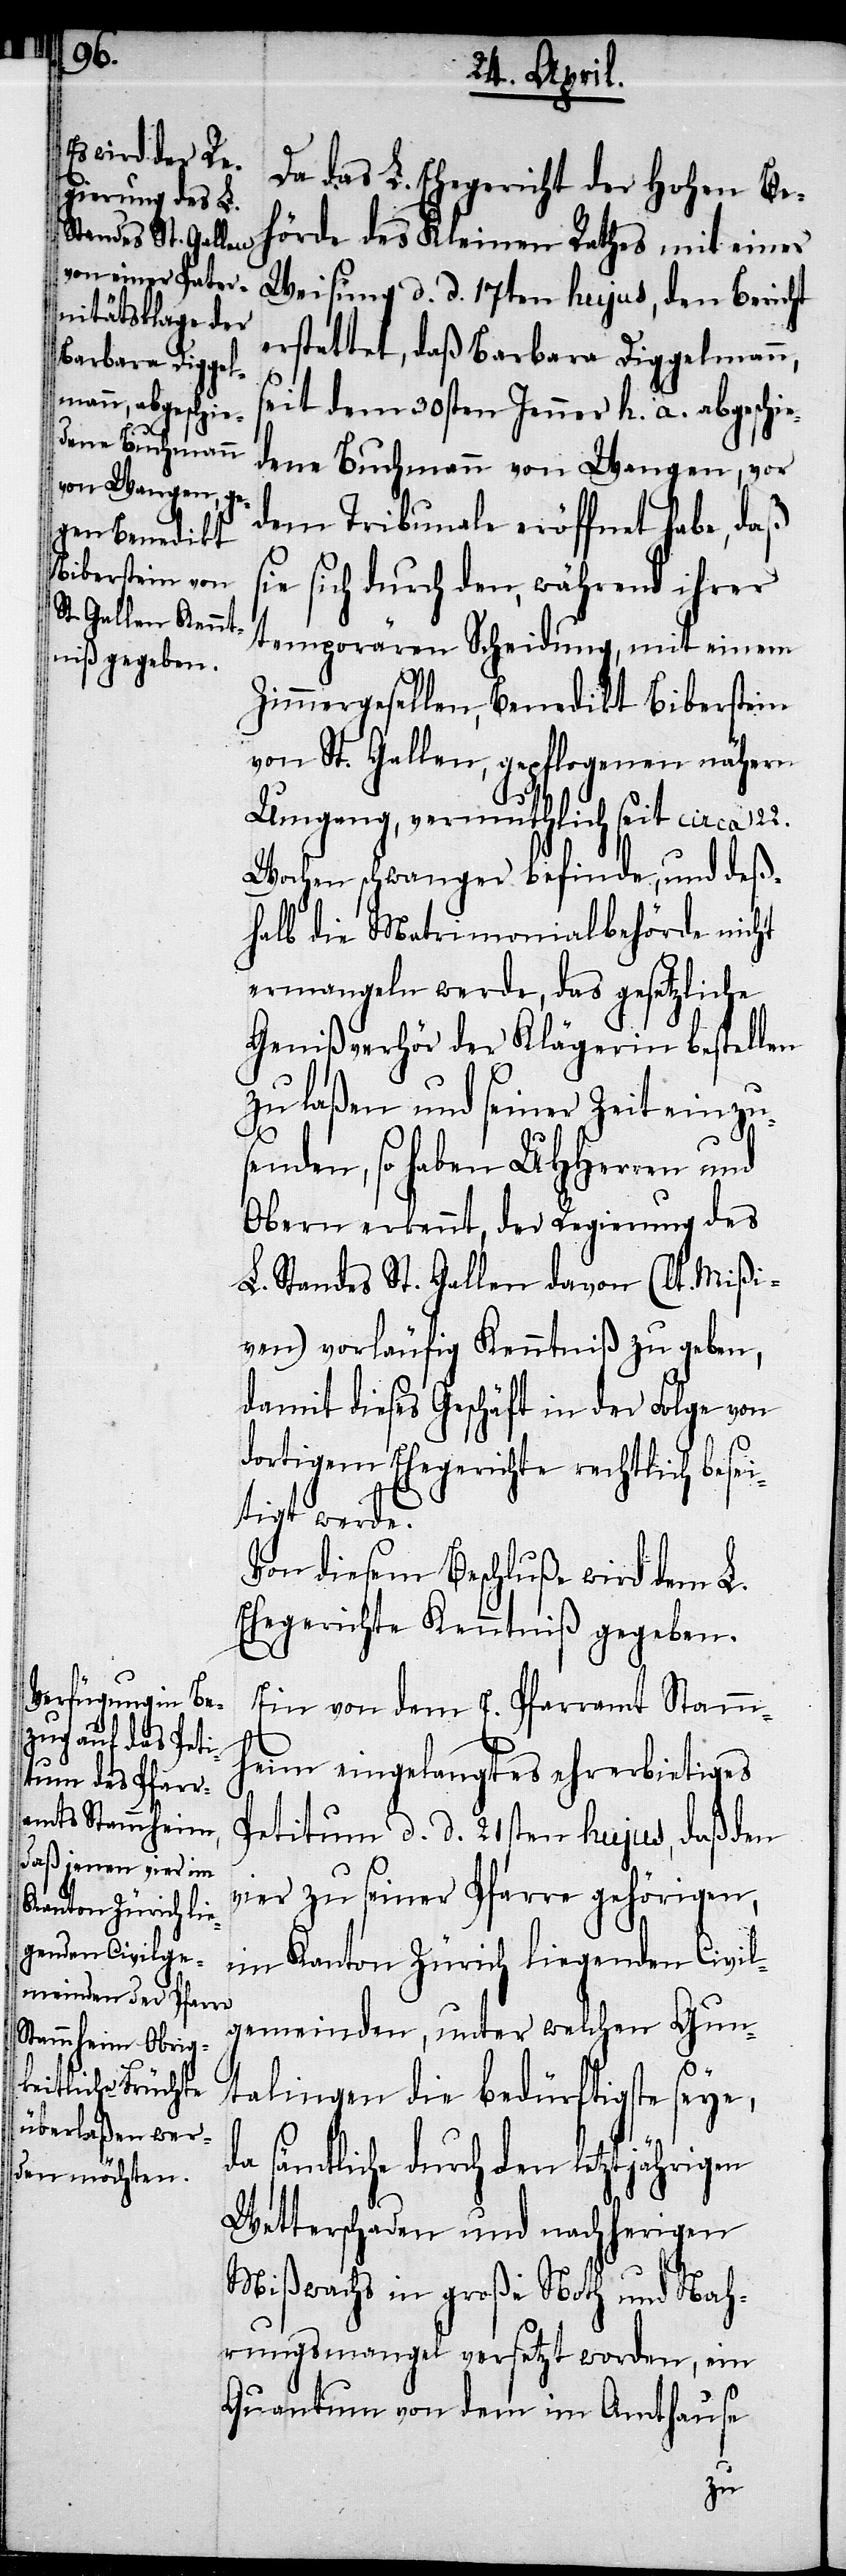
Da das L. Ehegericht der Hohen Be¬
hörde des Kleinen Rathes mit einer
Weisung d. d. 17ten hujus, den Bericht
erstattet, daß Barbara Diggelmann,
s¬
eit dem 30sten Jenner h. a. abgeschie¬
dene Buchmann von Wangen, vor
dem Tribunale eröffnet habe, daß
sie sich durch den, während ihrer
temporären Scheidung, mit einem
Umgang, vermutlich seit circa 22.
Wochen schwanger befinde, und deß¬
halb die Matrimonialbehörde nicht
ermangeln werde, das gesetzliche
Genißverhör der Klägerin bestellen
zu laßen und seiner Zeit einzu¬
senden, so haben UHHerren und
Obern erkennt, der Regierung des
L. Standes St. Gallen davon (lt. Mißi¬
ven) vorläufig Kenntniß zu geben,
damit dieses Geschäft in der Folge von
dortigem Ehegerichte rechtlich besei¬
tigt werde.
Von diesem Beschluße wird dem L.
Ehegerichte Kenntniß gegeben.
Ein von dem E. Pfarramt Stamm¬
heim eingelangtes ehrerbietiges
Petitum d. d. 21sten hujus, daß den
vier zu seiner Pfarre gehörigen,
im Kanton Zürich liegenden Civil¬
gemeinden, unter welchen Gun¬
talingen die bedürftigste seye,
sämtliche durch den letztjährigen
Wetterschaden und nachherigen
Mißwachs in große Noth und Nah¬
rungsmangel versetzt worden, ein
Quantum von dem im Amthause